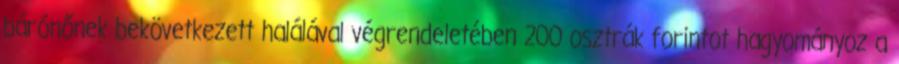
bárónőnek bekövetkezett halálával végrendeletében 200 osztrák forintot hagyományoz a